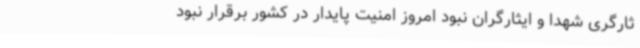
ثارگری شهدا و ایثارگران نبود امروز امنیت پایدار در کشور برقرار نبود